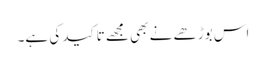
اس بوڑھے نے بھی مجھے تاکید کی ہے۔